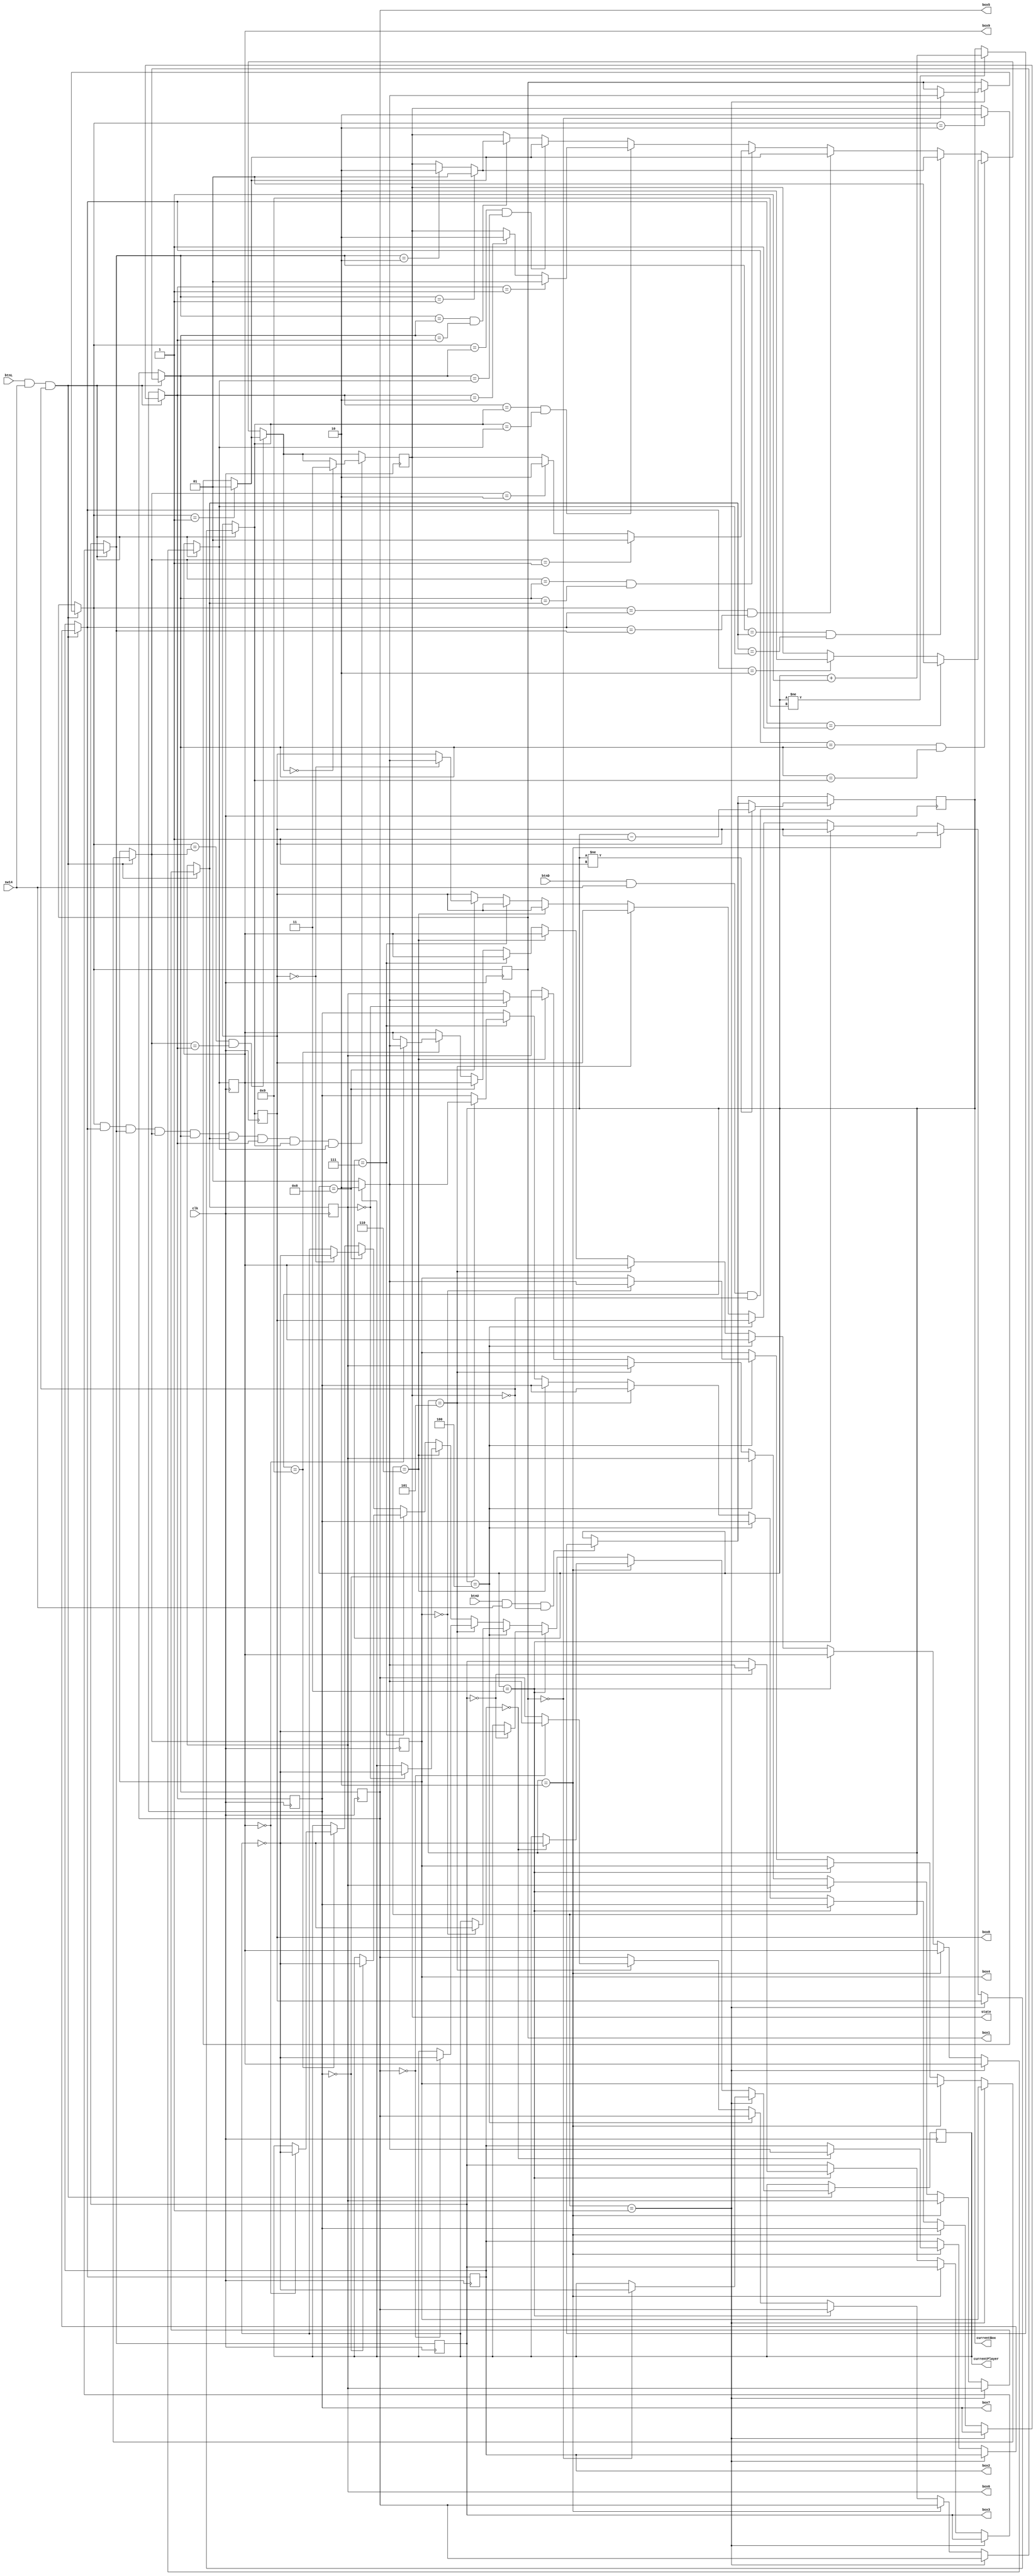
`timescale 1ns / 1ps

/*
    Tic Tac Toe
    Game Logic Module
*/

module ttt_game(input clk, input sw14, input btnU, input btnD, input btnL, output reg currentPlayer = 0,
    output reg [3:0] currentBox = 1,
    output reg [1:0] box1 = 0,
    output reg [1:0] box2 = 0,
    output reg [1:0] box3 = 0,
    output reg [1:0] box4 = 0,
    output reg [1:0] box5 = 0,
    output reg [1:0] box6 = 0,
    output reg [1:0] box7 = 0,
    output reg [1:0] box8 = 0,
    output reg [1:0] box9 = 0,
    output reg [1:0] state = 0
    );
    
    always @ (posedge clk) begin
        if (btnU == 1 && sw14 == 1 && state == 0) begin
            if (currentBox != 9)
                currentBox <= currentBox + 1;
        end
       
        if (btnD == 1 && sw14 == 1 && state == 0) begin
            if (currentBox != 1)
                currentBox <= currentBox - 1;
        end
        
        if (btnL == 1 && sw14 == 1 && state == 0) begin
            if (currentBox == 1) begin
                if (box1 == 0) begin
                    if (currentPlayer == 0) box1 = 1;
                    else box1 = 2;
                    currentPlayer <= ~currentPlayer;
                end
            end
            else if (currentBox == 2) begin
                if (box2 == 0) begin
                    if (currentPlayer == 0) box2 = 1;
                    else box2 = 2;
                    currentPlayer <= ~currentPlayer;
                end
            end
            else if (currentBox == 3) begin
                if (box3 == 0) begin
                    if (currentPlayer == 0) box3 = 1;
                    else box3 = 2;
                    currentPlayer <= ~currentPlayer;
                end
            end
            else if (currentBox == 4) begin
                if (box4 == 0) begin
                    if (currentPlayer == 0) box4 = 1;
                    else box4 = 2;
                    currentPlayer <= ~currentPlayer;
                end
            end    
            else if (currentBox == 5) begin
                if (box5 == 0) begin
                    if (currentPlayer == 0) box5 = 1;
                    else box5 = 2;
                    currentPlayer <= ~currentPlayer;
                end
            end
            else if (currentBox == 6) begin
                if (box6 == 0) begin
                    if (currentPlayer == 0) box6 = 1;
                    else box6 = 2;
                    currentPlayer <= ~currentPlayer;
                end
            end
            else if (currentBox == 7) begin
                if (box7 == 0) begin
                    if (currentPlayer == 0) box7 = 1;
                    else box7 = 2;
                    currentPlayer <= ~currentPlayer;
                end
            end
            else if (currentBox == 8) begin
                if (box8 == 0) begin
                    if (currentPlayer == 0) box8 = 1;
                    else box8 = 2;
                    currentPlayer <= ~currentPlayer;
                end
            end
            else if (currentBox == 9) begin
                if (box9 == 0) begin
                    if (currentPlayer == 0) box9 = 1;
                    else box9 = 2;
                    currentPlayer <= ~currentPlayer;
                end
            end                           
        end
        
        
        if (box1 == box4 && box4 == box7) begin
            if (box1 == 1) begin
                state = 1;
            end
            else if (box1 == 2) begin
                state = 2;
            end
        end
        else if (box2 == box5 && box5 == box8) begin
            if (box2 == 1) begin
                state = 1;
            end
            else if (box2 == 2) begin
                state = 2;
            end
        end
        else if (box3 == box6 && box6 == box9) begin
            if (box3 == 1) begin
                state = 1;
            end
            else if (box3 == 2) begin
                state = 2;
            end
        end
        else if (box1 == box2 && box2 == box3) begin
            if (box1 == 1) begin
                state = 1;
            end
            else if (box1 == 2) begin
                state = 2;
            end
        end
        else if (box4 == box5 && box5 == box6) begin
            if (box4 == 1) begin
                state = 1;
            end
            else if (box4 == 2) begin
                state = 2;
            end
        end
        else if (box7 == box8 && box8 == box9) begin
            if (box7 == 1) begin
                state = 1;
            end
            else if (box7 == 2) begin
                state = 2;
            end
        end
        else if (box1 == box5 && box5 == box9) begin
            if (box1 == 1) begin
                state = 1;
            end
            else if (box1 == 2) begin
                state = 2;
            end
        end
        else if (box3 == box5 && box5 == box7) begin
            if (box3 == 1) begin
                state = 1;
            end
            else if (box3 == 2) begin
                state = 2;
            end        
        end
        
        if (box1 && box2 && box3 && box4 && box5 && box6 && box7 && box8 && box9) begin
            if (state == 0) begin
                state <= 3;
            end
        end 
    end
endmodule